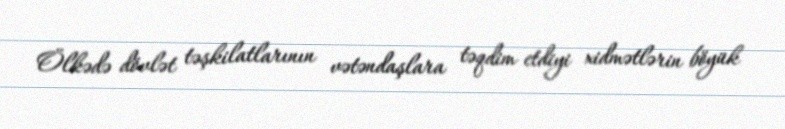
Ölkədə dövlət təşkilatlarının vətəndaşlara təqdim etdiyi xidmətlərin böyük